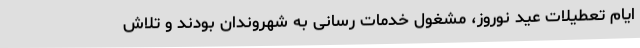
ایام تعطیلات عید نوروز، مشغول خدمات رسانی به شهروندان بودند و تلاش